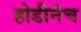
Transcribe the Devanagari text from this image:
होडीनेच